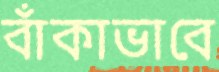
বাঁকাভাবে